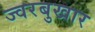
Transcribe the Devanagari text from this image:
ज्वरबुखार